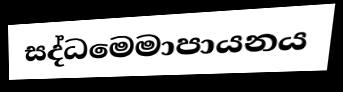
සද්ධමෙමාපායනය